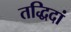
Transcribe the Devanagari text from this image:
तद्धिदां